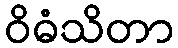
ဝိဓံသိတာ